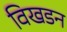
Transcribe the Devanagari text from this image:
विखडन